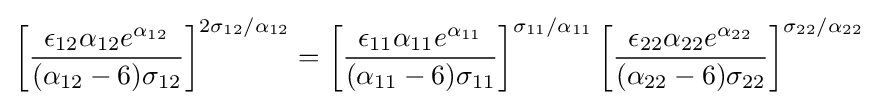
\left[{\frac {\epsilon _{12}\alpha _{12}e^{\alpha _{12}}}{(\alpha _{12}-6)\sigma _{12}}}\right]^{2\sigma _{12}/\alpha _{12}}=\left[{\frac {\epsilon _{11}\alpha _{11}e^{\alpha _{11}}}{(\alpha _{11}-6)\sigma _{11}}}\right]^{\sigma _{11}/\alpha _{11}}\left[{\frac {\epsilon _{22}\alpha _{22}e^{\alpha _{22}}}{(\alpha _{22}-6)\sigma _{22}}}\right]^{\sigma _{22}/\alpha _{22}}